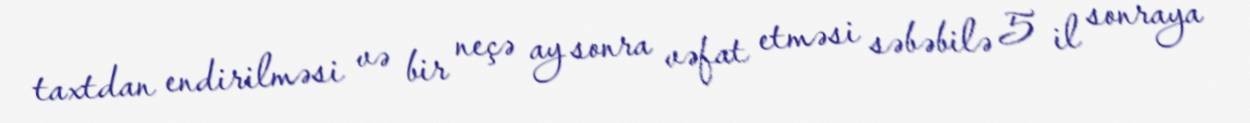
taxtdan endirilməsi və bir neçə ay sonra vəfat etməsi səbəbilə 5 il sonraya